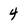
Character: 4